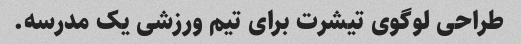
طراحی لوگوی تیشرت برای تیم ورزشی یک مدرسه.